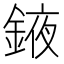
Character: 䤳